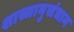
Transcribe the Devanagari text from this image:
शास्त्रानुसंधान